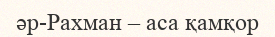
әр-Рахман – аса қамқор